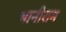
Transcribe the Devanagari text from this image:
भानीराम